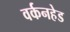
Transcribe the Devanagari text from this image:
वर्कनहेड